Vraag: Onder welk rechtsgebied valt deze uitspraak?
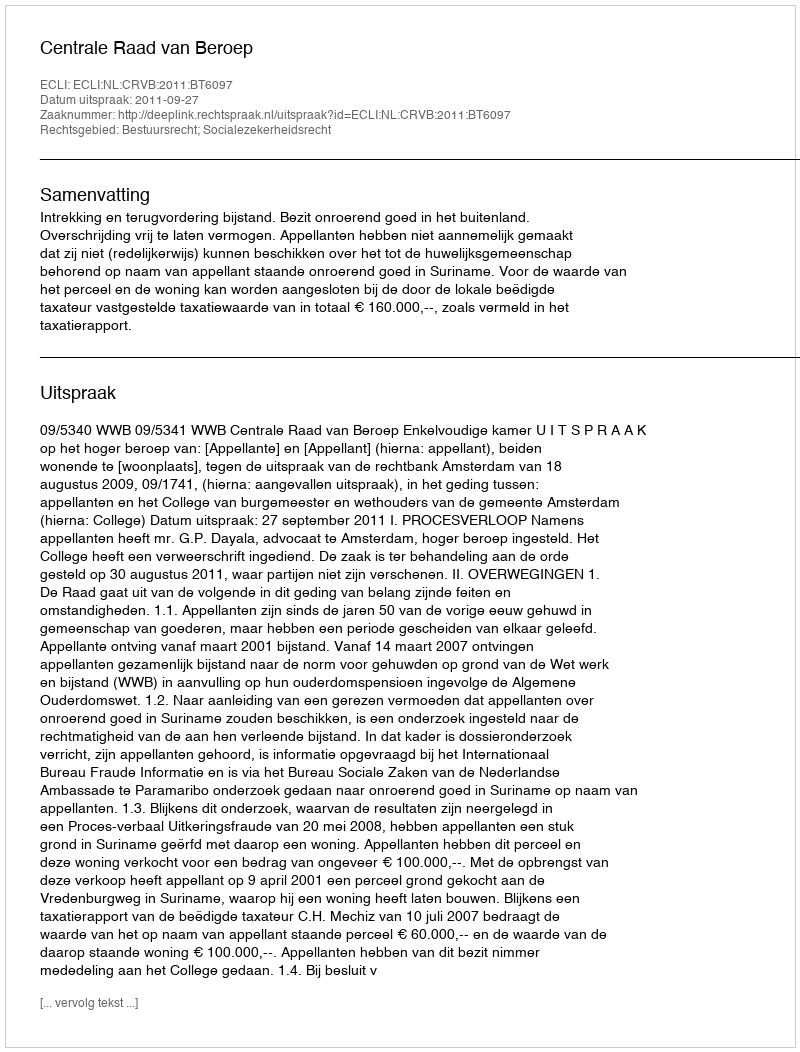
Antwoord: Bestuursrecht; Socialezekerheidsrecht